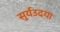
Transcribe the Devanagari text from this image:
सुर्यउदया